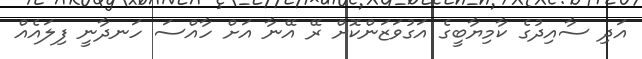
އަދި ސާއިދުގެ ކާމިޔާބީގެ އަގުވަޒަންކޮށް ރޭ އޭނާ އަށް ހާއްސަ ހަނދާނީ ފިލައެއް